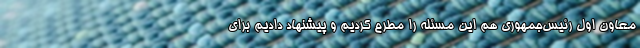
معاون اول رئیس‌جمهوری هم این مسئله را مطرح کردیم و پیشنهاد دادیم برای